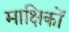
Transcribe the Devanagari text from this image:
माक्षिकों